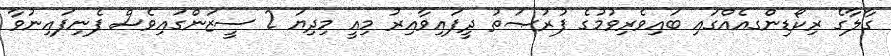
ގާލާގެ ރިކޯޑިންގއެއްގައި ބައިވެރިވުމުގެ ފުރުޞަތު ދީފައިވާއިރު މިއީ މިދިޔަ 2 ސީޒަންގައިވެސް ފެނިފައިނުވާ